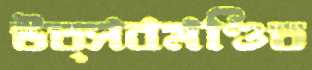
উত্সবমণ্ডিত